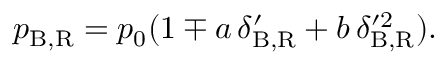
p _ { \mathrm { B , R } } = p _ { 0 } ( 1 \mp a \, \delta _ { \mathrm { B , R } } ^ { \prime } + b \, \delta _ { \mathrm { B , R } } ^ { \prime 2 } ) .